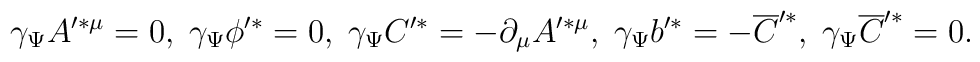
\gamma_\Psi A'^{* \mu} = 0, \; \gamma_\Psi \phi'^* = 0, \;\gamma_\Psi C'^* = - \partial_\mu A'^{*\mu},\; \gamma_\Psi b'^* = - \overline{C}'^*, \; \gamma_\Psi\overline{C}'^* = 0.